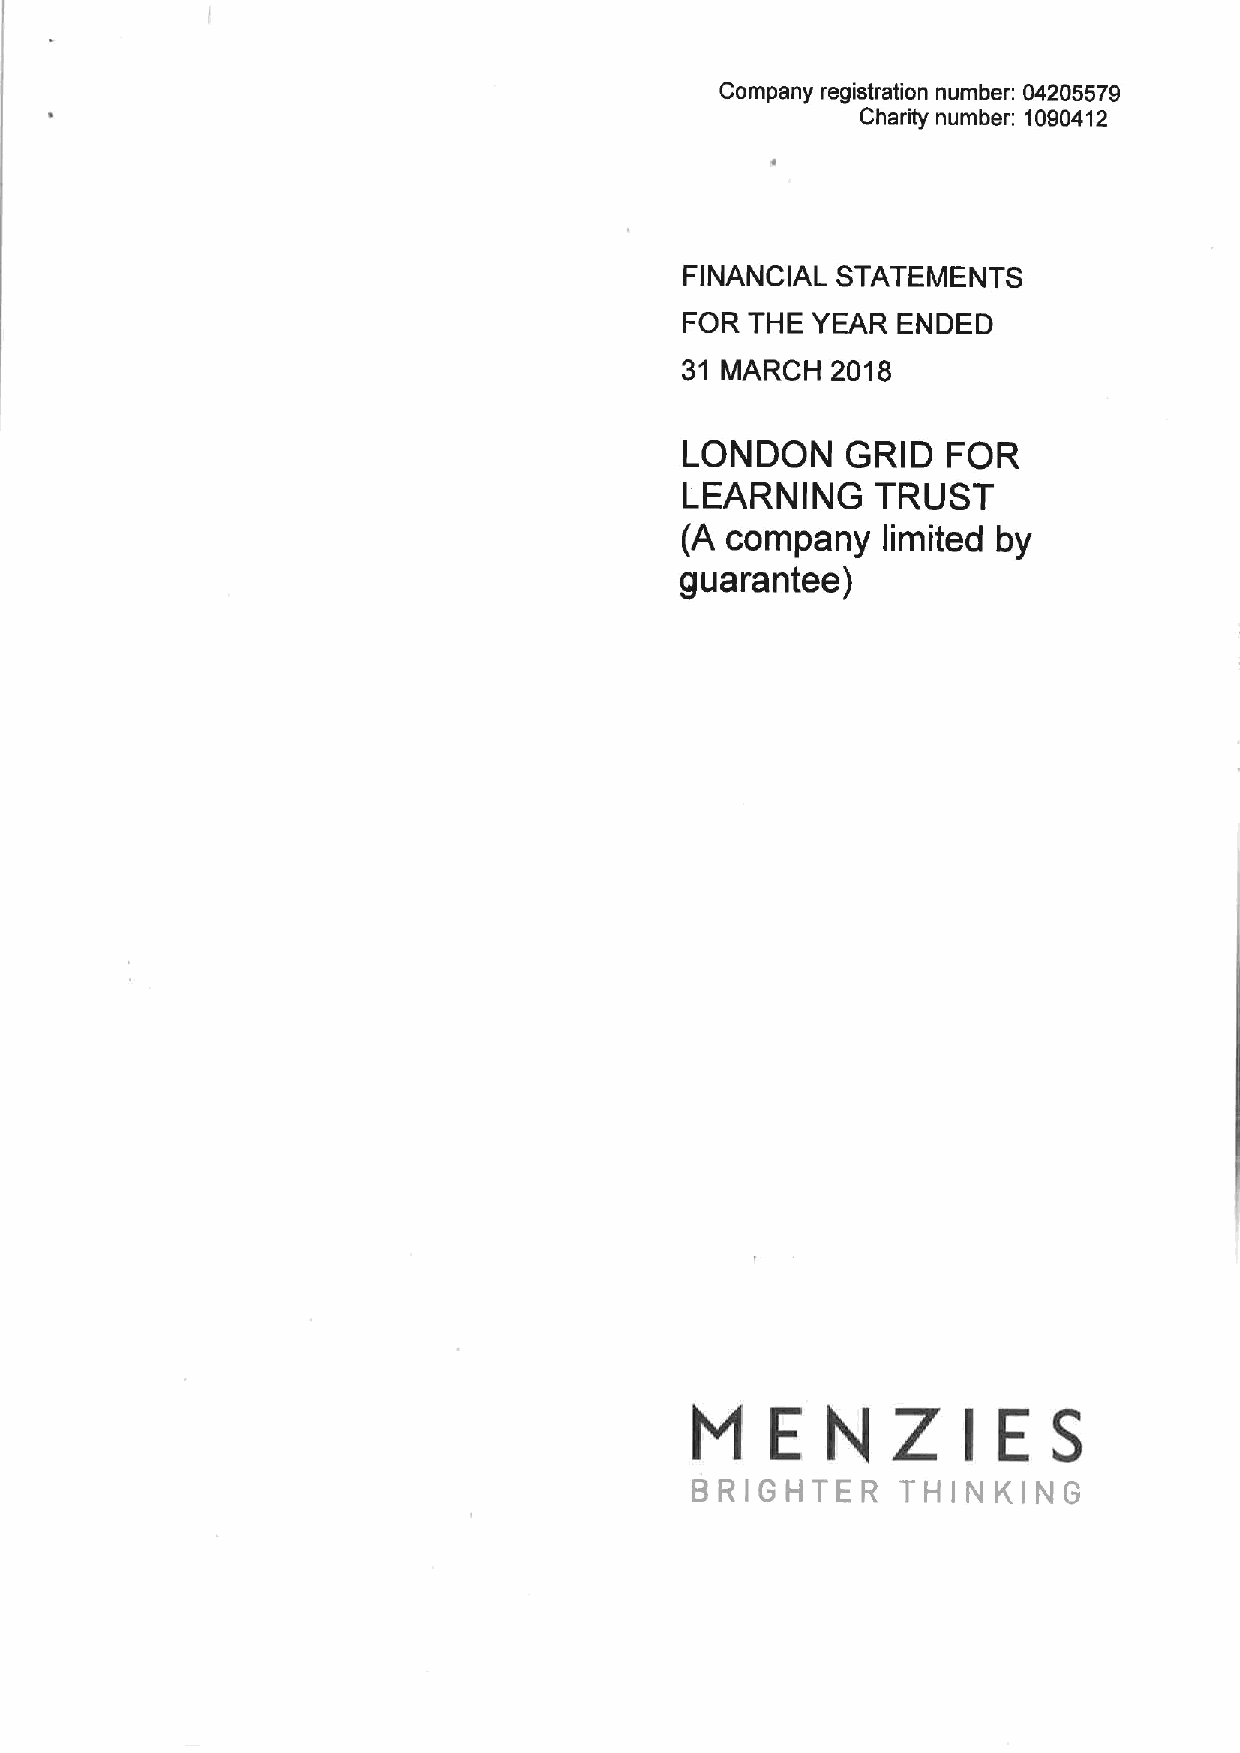
Company registration number: 04205579
 Charity number: 1090412
 FINANCIAL STATEMENTS
 FOR  THE YEAR ENDED
 31 MARCH  2018
 LONDON     GRID   FOR
 LEARNING     TRUST
 (A company   limited by
 guarantee)
 FRENZIES
 BRIGHTER      THINKING